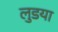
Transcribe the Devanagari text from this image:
लुडया